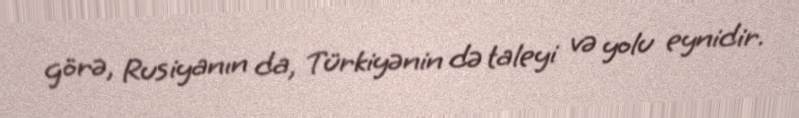
görə, Rusiyanın da, Türkiyənin də taleyi və yolu eynidir.